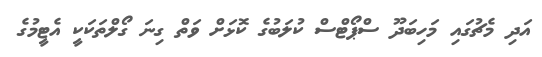
އަދި މެޗުގައި މަހިބަދޫ ސްޕޯޓްސް ކުލަބުގެ ކޮޅަށް ވަތް ގިނަ ގޯލްތަކަކީ އެޓީމުގެ